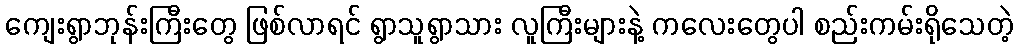
ကျေးရွာဘုန်းကြီးတွေ ဖြစ်လာရင် ရွာသူရွာသား လူကြီးများနဲ့ ကလေးတွေပါ စည်းကမ်းရိုသေတဲ့